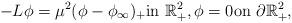
LaTeX: \begin{align*}-L\phi =\mu^{2} (\phi -\phi_\infty)_{+}\textrm{in}\ \mathbb{R}^{2}_{+},\phi =0\textrm{on}\ \partial \mathbb{R}^{2}_{+}, \end{align*}